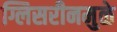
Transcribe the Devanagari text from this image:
ग्लिसरीनमुळे